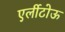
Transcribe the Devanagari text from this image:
एर्लीटोऊ